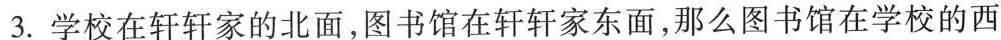
3.学校在轩轩家的北面，图书馆在轩轩家东面，那么图书馆在学校的西